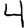
Digit: 4